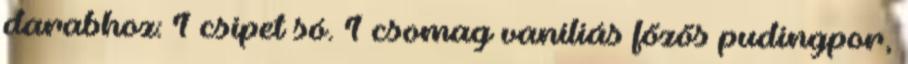
darabhoz: 1 csipet só. 1 csomag vaníliás főzős pudingpor,